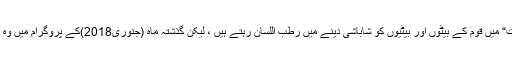
نریندر مودی صاحب اپنے ریڈیو پروگرام ” من کی بات“ میں قوم کے بیٹوں اور بیٹیوں کو شاباشی دینے میں رطب اللسان رہتے ہیں ، لیکن گذشتہ ماہ (جنوری2018)کے پروگرام میں وہ آصفہ سے جُڑے سانحہ پر دو بول بھی نہیں بول پائے۔